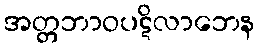
အတ္တဘာဝပဋိလာဘေန